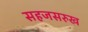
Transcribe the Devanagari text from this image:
सहजसरुख